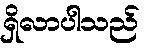
ရှိလာပါသည်